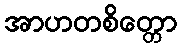
အာဟတစိတ္တော